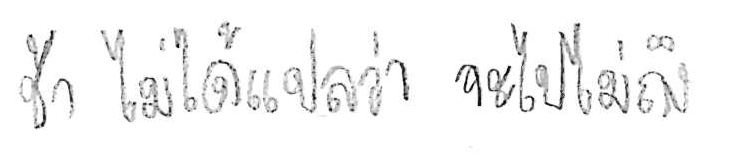
ช้า ไม่ได้แปลว่า จะไปไม่ถึง